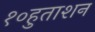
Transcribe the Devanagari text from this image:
१०हुताशन